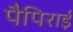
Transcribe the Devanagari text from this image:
पैपिराई